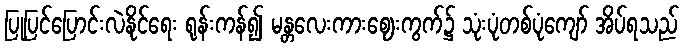
ပြုပြင်ပြောင်းလဲနိုင်ရေး ရုန်းကန်၍ မန္တလေးကားဈေးကွက်၌ သုံးပုံတစ်ပုံကျော် အိပ်ရသည်